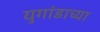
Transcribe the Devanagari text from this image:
युगांडाच्या